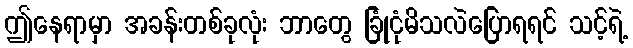
ဤနေရာမှာ အခန်းတစ်ခုလုံး ဘာတွေ ခြုံငုံမိသလဲပြောရရင် သင့်ရဲ့